Lunatic asylums Madras 1877-1891 - 1877-1891
Year: 1877
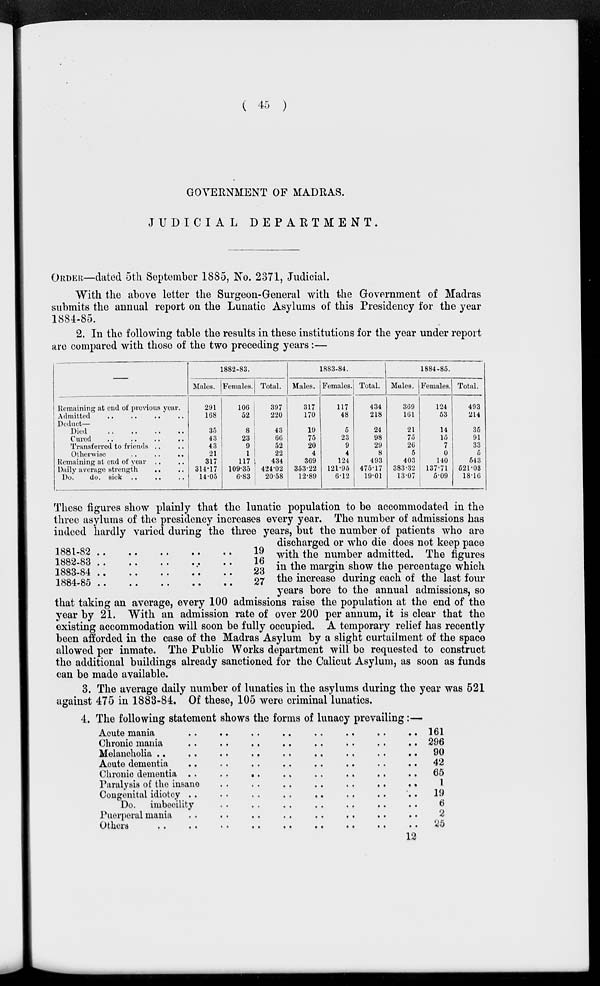
( 45 )
GOVERNMENT OF MADRAS.
JUDICIAL
DEPARTMENT.
ORDER—dated 5th September 1885, No. 2371, Judicial.
With the above letter the Surgeon-General with the Government of Madras
submits the annual report on the Lunatic Asylums of this Presidency for the year
1884-85.
2. In the following table the results in these institutions for the year under report
are compared with those of the two preceding years:—
—
Remaining at end of previous year.
Admitted
..
..
.. ..
Deduct—
Died
..
..
..
..
Cured
..
..
..
..
Transferred to friends .. ..
Otherwise
..
..
..
Remaining at end of year .. ..
Daily average strength
..
..
Do.
do. sick .. .. ..
1882-83.
Males.
291
168
35
43
43
21
317
314.17
14.05
Females.
106
52
8
23
9
1
117
109.35
6.83
Total.
397
220
43
66
52
22
434
424.02
20.58
1883-84.
Males.
317
170
19
75
20
4
369
353.22
12.89
Females.
117
48
5
23
9
4
124
121.95
6.12
Total.
434
218
24
98
29
8
493
475.17
19.01
1884-85.
Males.
369
161
21
75
26
5
403
383.32
13.07
Females.
124
53
14
15
7
0
140
137.71
5.09
Total.
493
214
35
91
33
5
543
521.03
18.16
1881-82 ..
..
..
..
..
1882-83 ..
..
..
..
..
1883-84 ..
..
..
..
..
1884-85 ..
..
..
..
..
19
16
23
27
These figures show plainly that the lunatic population to be accommodated in the
three asylums of the presidency increases every year. The number of admissions has
indeed hardly varied during the three years, but the number of patients who are
discharged or who die does not keep pace
with the number admitted. The figures
in the margin show the percentage which
the increase during each of the last four
years bore to the annual admissions, so
that taking an average, every 100 admissions raise the population at the end of the
year by 21. With an admission rate of over 200 per annum, it is clear that the
existing accommodation will soon be fully occupied. A temporary relief has recently
been afforded in the case of the Madras Asylum by a slight curtailment of the space
allowed per inmate. The Public Works department will be requested to construct
the additional buildings already sanctioned for the Calicut Asylum, as soon as funds
can be made available.
3. The average daily number of lunatics in the asylums during the year was 521
against 475 in 1883-84. Of these, 105 were criminal lunatics.
4. The following statement shows the forms of lunacy prevailing :—
Acute mania
..
..
..
..
..
..
..
..
Chronic mania
..
..
..
..
..
..
..
..
Melancholia
..
..
..
..
..
..
..
..
Acute dementia
..
..
..
..
..
..
..
..
Chronic dementia
..
..
..
..
..
..
..
..
Paralysis of the insane
..
..
..
..
..
..
..
Congenital idiotcy
..
..
..
..
..
..
..
..
Do. imbecility
..
..
..
..
..
..
..
..
Puerperal mania
..
..
..
..
..
..
..
..
Others
..
..
..
..
..
..
..
..
..
161
296
90
42
65
1
19
6
2
25
12